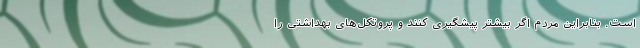
است. بنابراین مردم اگر بیشتر پیشگیری کنند و پروتکل‌های بهداشتی را